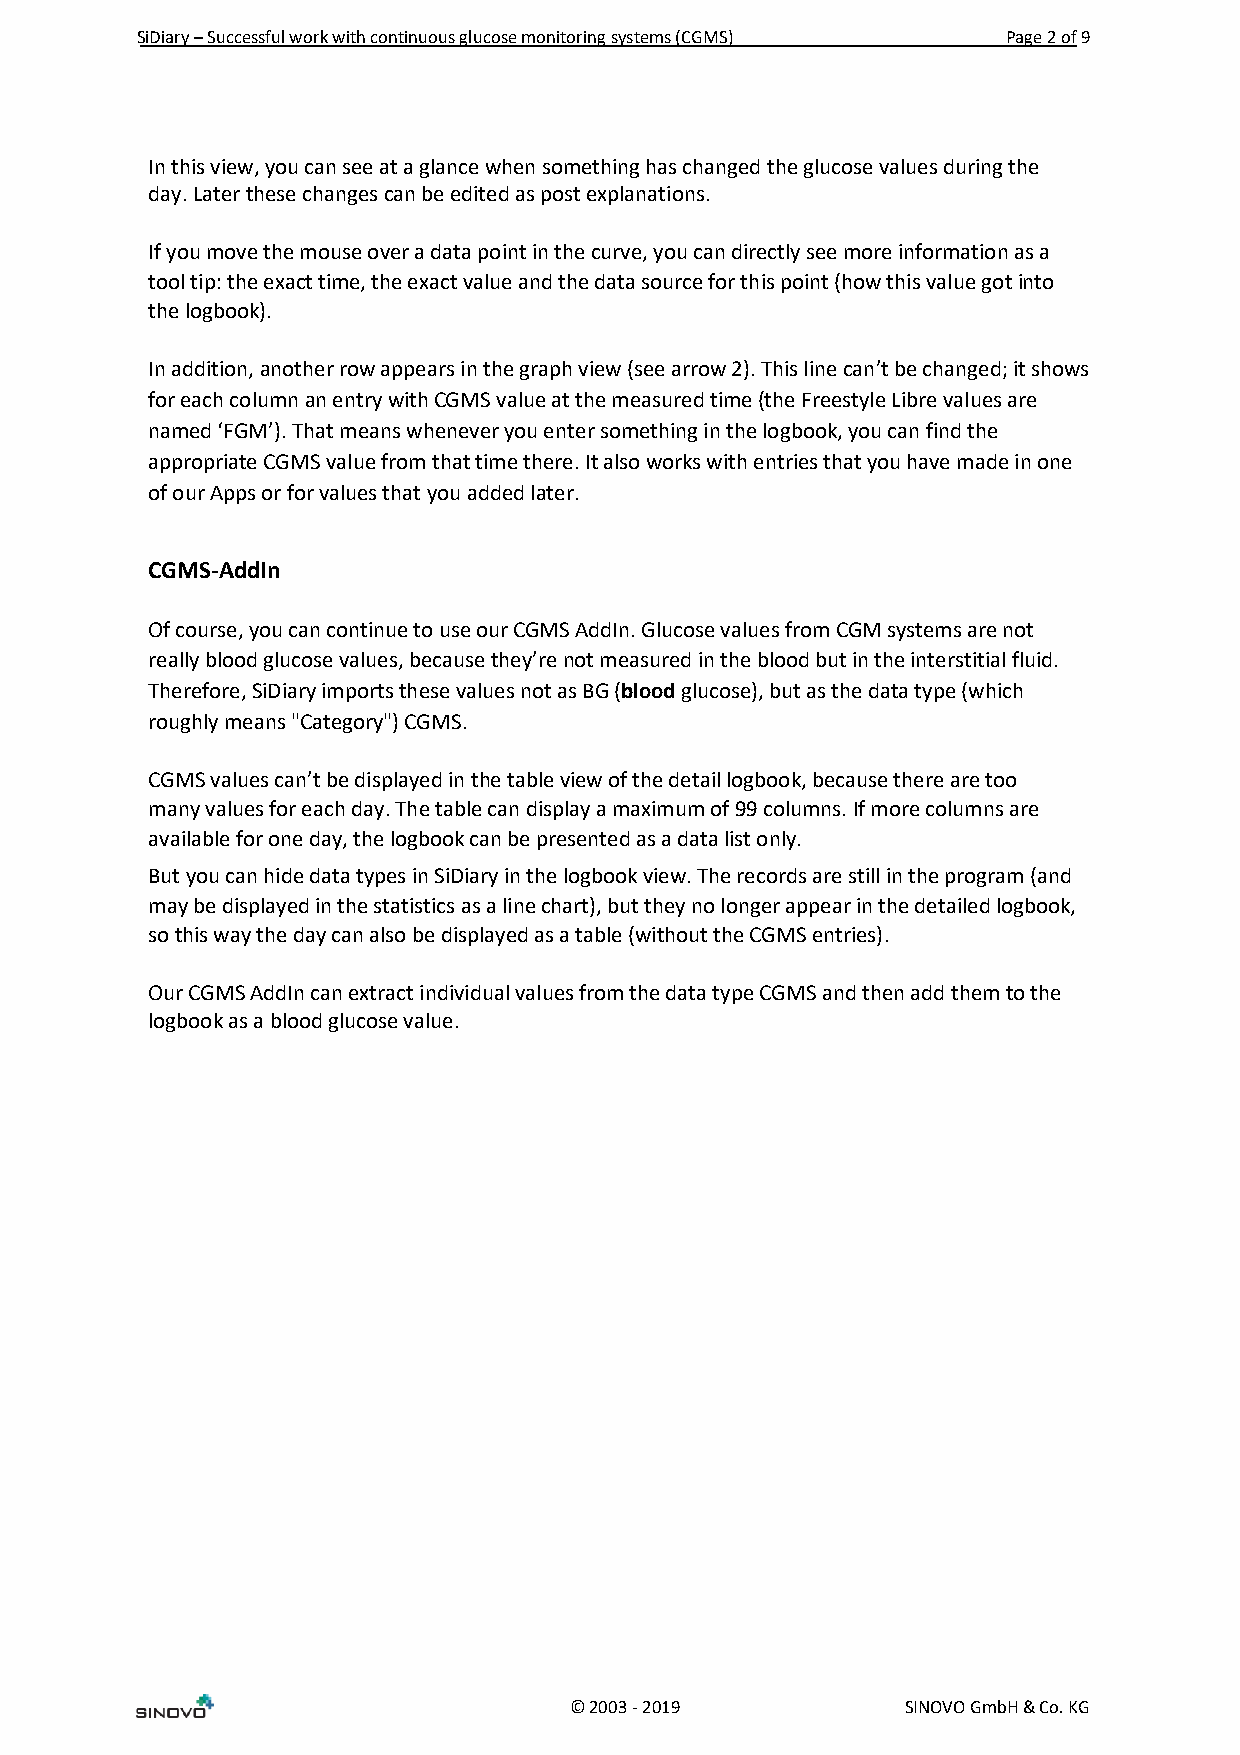
SiDiary – Successful work with continuous glucose monitoring systems (CGMS) Page 2 of 9
 In this view, you can see at a glance when something has changed the glucose values during the
 day. Later these changes can be edited as post explanations.
 If you move the mouse over a data point in the curve, you can directly see more information as a
 tool tip: the exact time, the exact value and the data source for this point (how this value got into
 the logbook).
 In addition, another row appears in the graph view (see arrow 2). This line can’t be changed; it shows
 for each column an entry with CGMS value at the measured time (the Freestyle Libre values are
 named ‘FGM’). That means whenever you enter something in the logbook, you can find the
 appropriate CGMS value from that time there. It also works with entries that you have made in one
 of our Apps or for values that you added later.
 CGMS-AddIn
 Of course, you can continue to use our CGMS AddIn. Glucose values from CGM systems are not
 really blood glucose values, because they’re not measured in the blood but in the interstitial fluid.
 Therefore, SiDiary imports these values not as BG (blood glucose), but as the data type (which
 roughly means "Category") CGMS.
 CGMS values can’t be displayed in the table view of the detail logbook, because there are too
 many values for each day. The table can display a maximum of 99 columns. If more columns are
 available for one day, the logbook can be presented as a data list only.
 But you can hide data types in SiDiary in the logbook view. The records are still in the program (and
 may be displayed in the statistics as a line chart), but they no longer appear in the detailed logbook,
 so this way the day can also be displayed as a table (without the CGMS entries).
 Our CGMS AddIn can extract individual values from the data type CGMS and then add them to the
 logbook as a blood glucose value.
 © 2003 - 2019         SINOVO GmbH & Co. KG